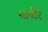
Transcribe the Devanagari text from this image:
बार्बीर